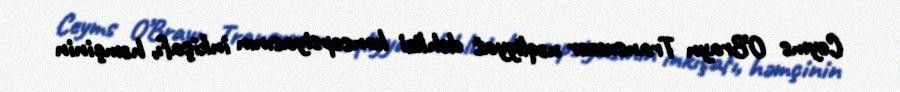
Ceyms O’Brayn Transxəzər nəqliyyat dəhlizi konsepsiyasının inkişafı, həmçinin